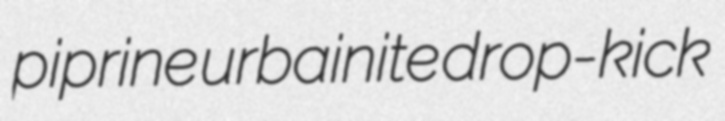
piprine urbainite drop-kick